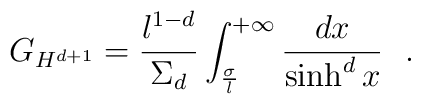
G_{H^{d+1}}={l^{1-d}\over \Sigma_d}\int_{\sigma\over l}^{+\infty}{dx\over \sinh^dx}~~.